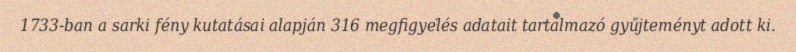
1733-ban a sarki fény kutatásai alapján 316 megfigyelés adatait tartalmazó gyűjteményt adott ki.